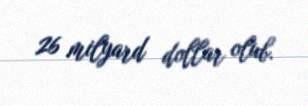
26 milyard dollar olub.